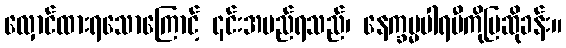
လှောင်ထားရသောကြောင့် ၎င်းအမည်ရသည်၊ နေက္ခမ္မပါရမီကိုပြဆိုခန်း။